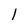
Character: I